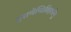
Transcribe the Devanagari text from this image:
पुराणेष्वितिहासेषु